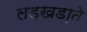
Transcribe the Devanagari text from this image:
लड़खडा़ते